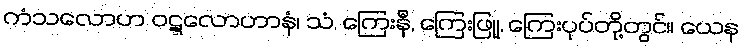
ကံသလောဟ ဝဋ္ဋလောဟာနံ၊ သံ, ကြေးနီ, ကြေးဖြူ, ကြေးပုပ်တို့တွင်။ ယေန